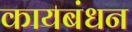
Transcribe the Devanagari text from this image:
कायबंधन